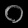
Digit: ၀